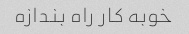
خوبه کار راه بندازه